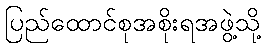
ပြည်ထောင်စုအစိုးရအဖွဲ့သို့